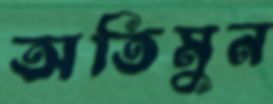
অতিমুন